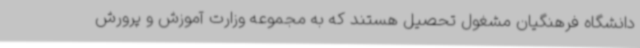
دانشگاه فرهنگیان مشغول تحصیل هستند که به مجموعه وزارت آموزش و پرورش